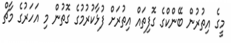
މީގެ އިތުރުން ބޭންކްގެ ގޮފިތައް އިތުރަށް ފުޅާކުރުމުގެ ގޮތުން މި އަހަރުގެ މާޗް